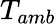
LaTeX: T_{amb}